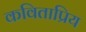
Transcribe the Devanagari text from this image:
कविताप्रिय